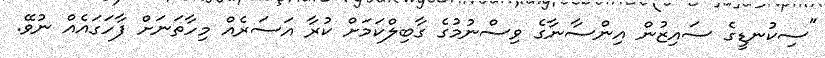
"ސިކުނޑީގެ ސައިޒުން އިންސާނާގެ ވިސްނުމުގެ ގާބިލްކަމަށް ކުރާ އަސަރެއް މިހާތަނަށް ފާހަގައެއް ނުވޭ.